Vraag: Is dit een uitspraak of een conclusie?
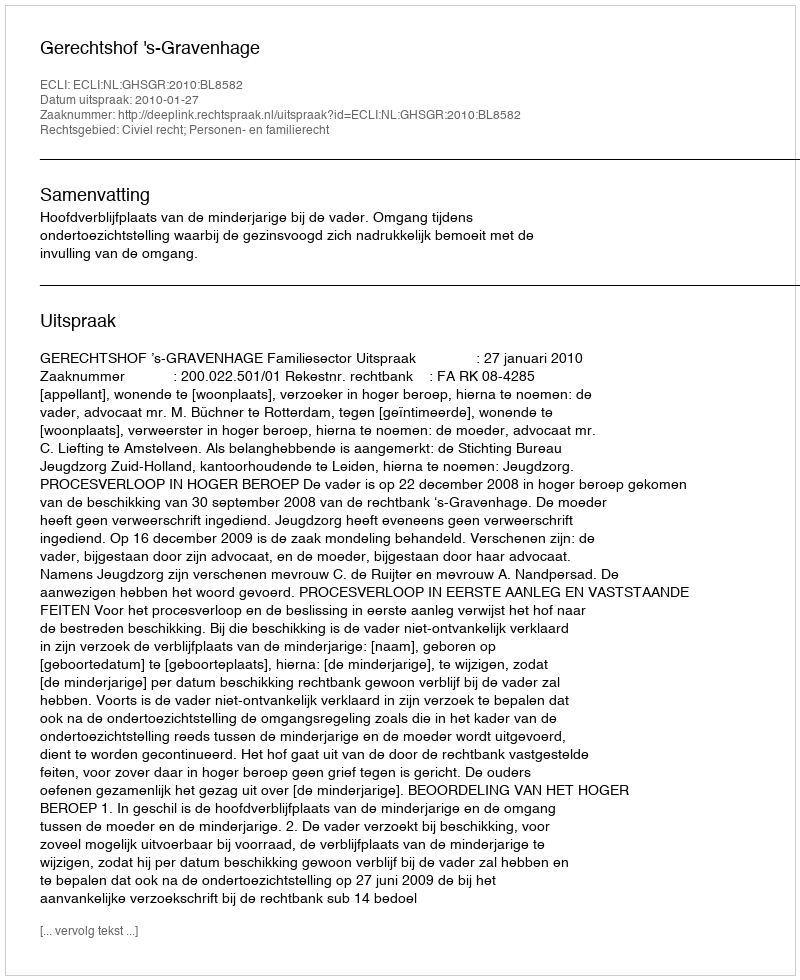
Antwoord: Uitspraak